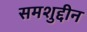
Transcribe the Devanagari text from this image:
समशुद्दीन